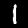
Label: 1